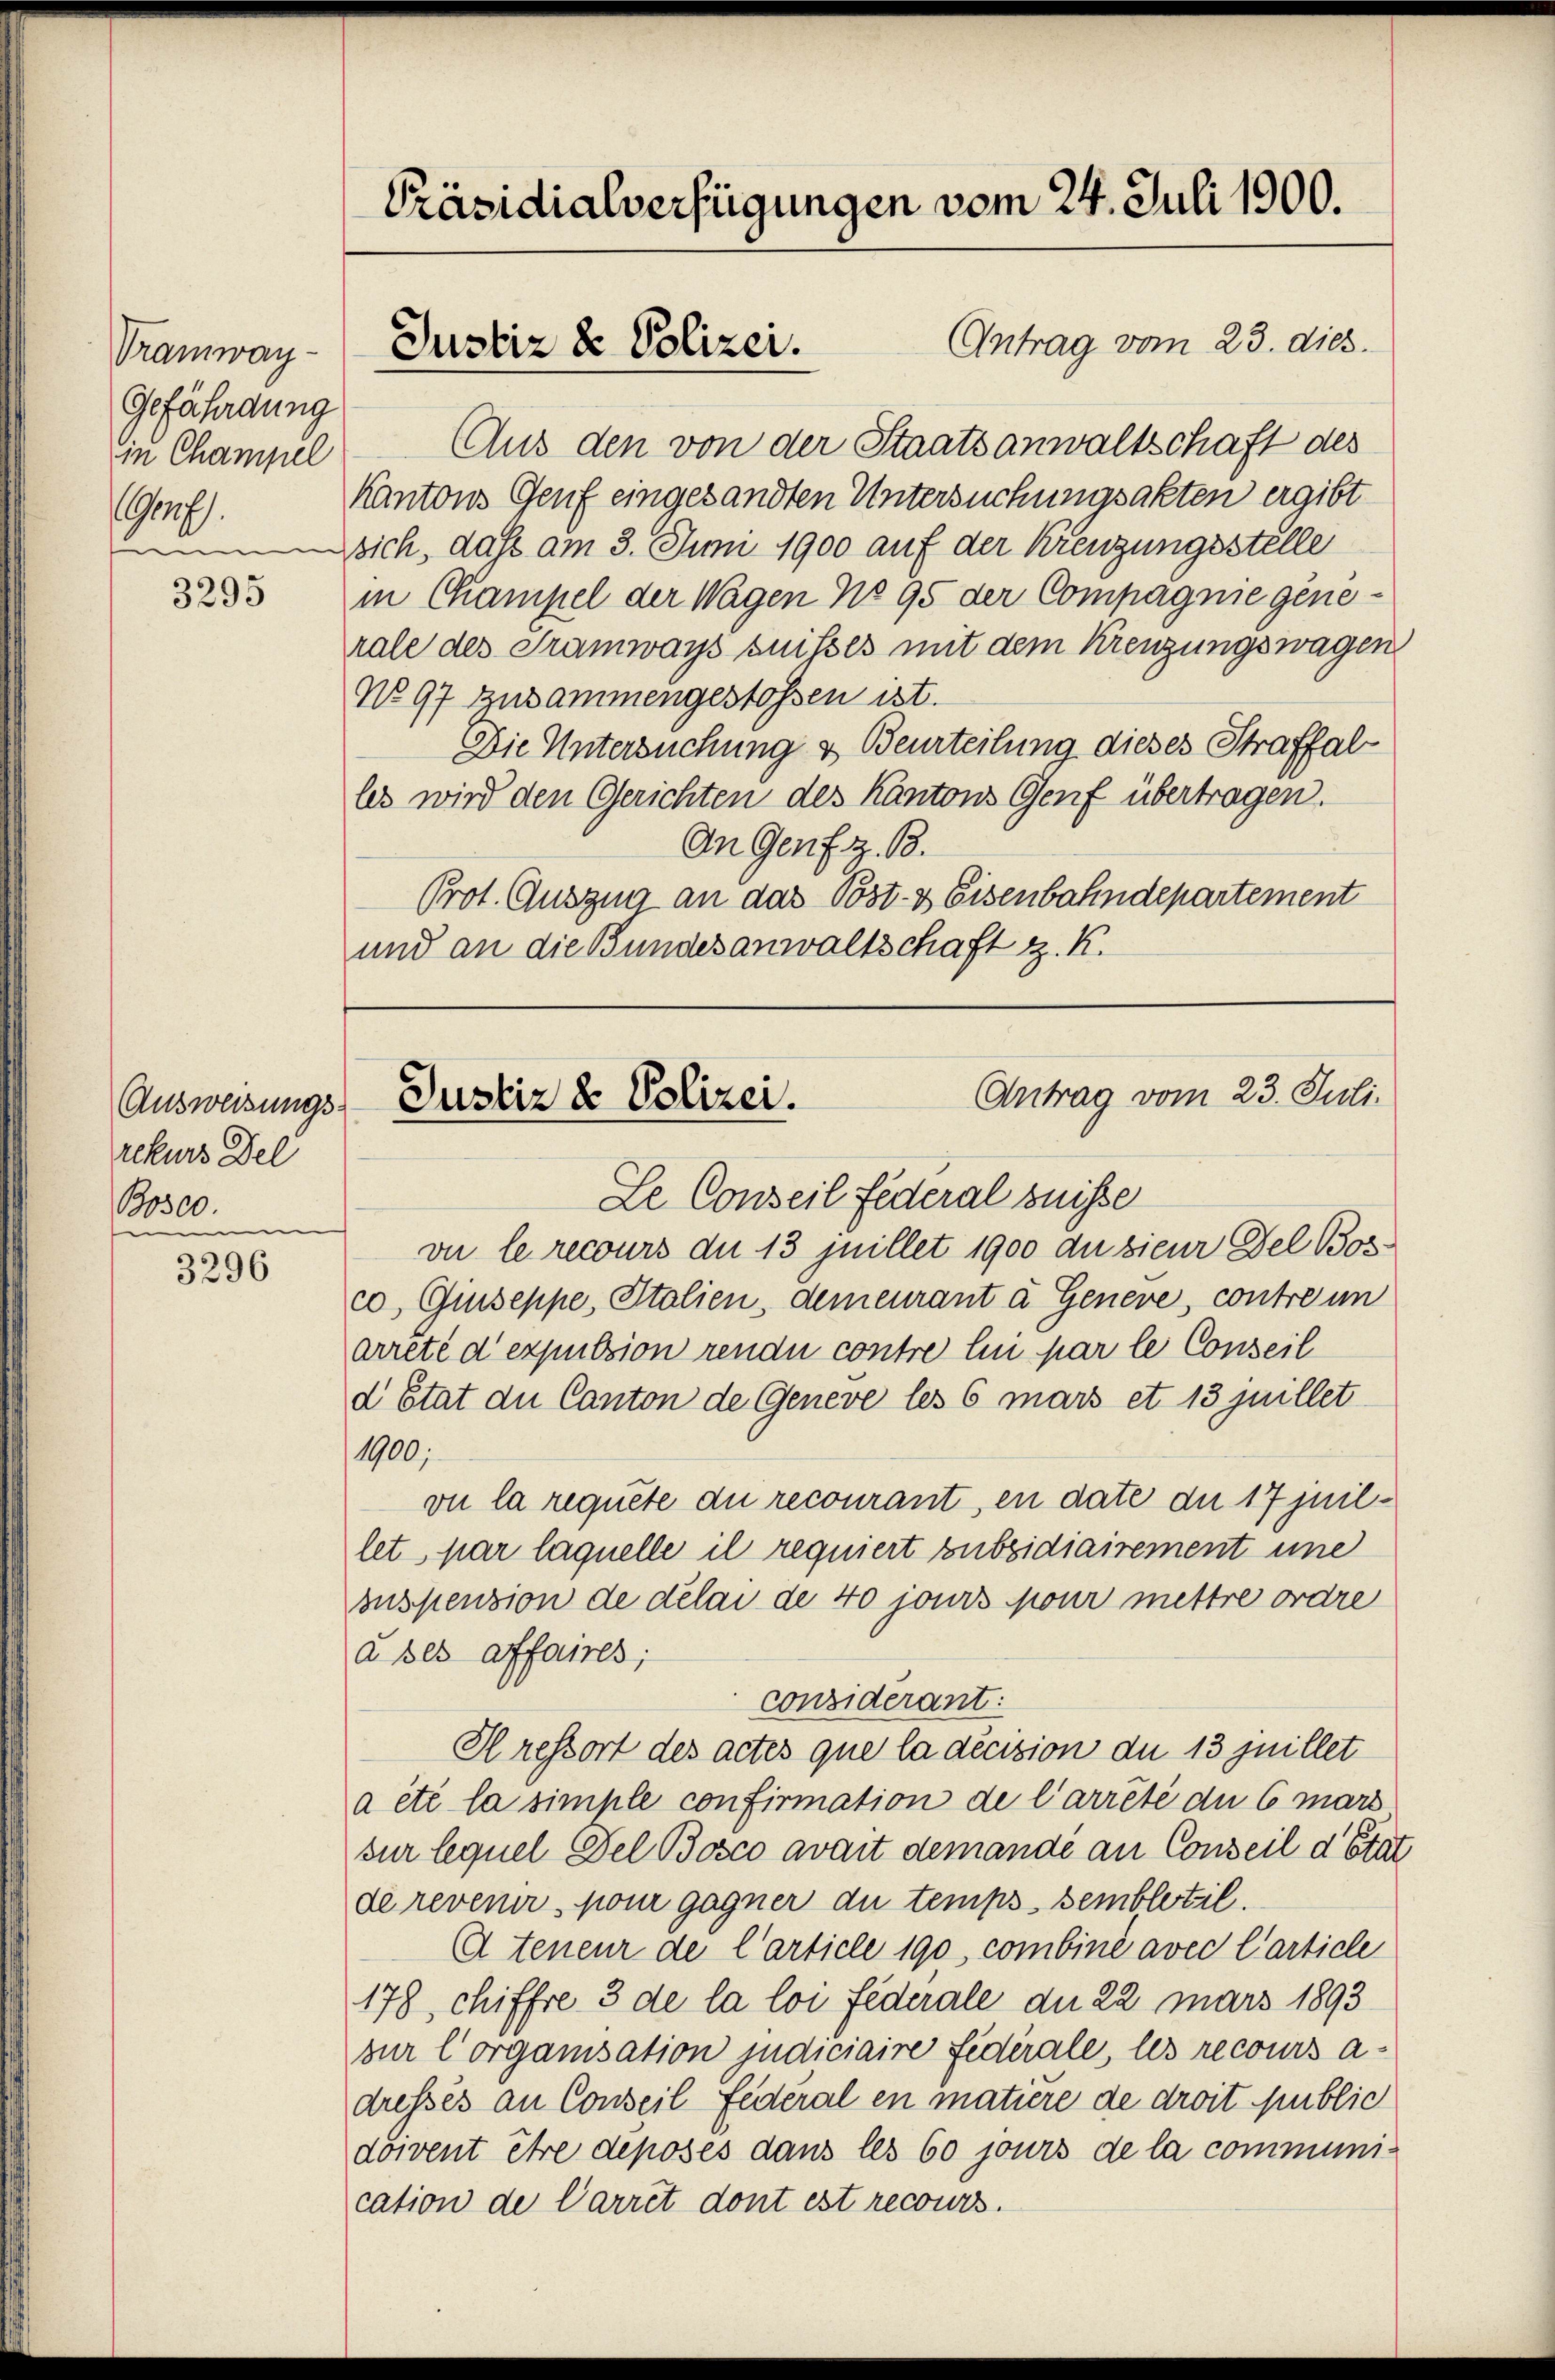
Tramway-
Gefährdung
in Champel
G.

3295

Ausweisungsrekurs Del
B0300.
u

3296

Präsidialverfügungen vom 24. Juli 1900.

Antrag vom 23. dies.
Aus den von der Staatsanwaltschaft des
Kantons Genf eingesandten Untersuchungsakten ergibt
sich, daß am 3. Juni 1900 auf der Kreuzungsstelle
in Champel der Wagen No 95 der Compagnie gene-
rale des Tramways suisses mit dem Kreuzungswagen
No 97 zusammengestossen ist.
Die Untersuchung & Beurteilung dieses Straffal
les wird den Gerichten des Kantons Genf übertragen.
An Genf z. B.
Prot. Auszug an das Post- & Eisenbahndepartement
und an die Bundesanwaltschaft z. K.

Justiz & Polizei.

Antrag vom 23. Juli.
Justiz & Polizei.
Le Conseil Federal suisse

vu le recours du 13 juillet 1900 du sieur Del Bosco, Giuseppe, Italien, demeurant à Geneve, contre un
arrêté d’expulsion rende contre lui par le Conseil
d Etat die Canton de Geneve les 6 mars et 13 juillet
1900;
vu la requete du recourant, en date du 17 juillet par laquelle il requiert subsidiairement une
suspension de délai de 40 jours pour mettre ordre
à ses affaires;
considerant:
Hressort des actes que la décision du 13 juillet
a été la simple confirmation de l’arrêté du 6 mars
sur lequel Del Bosco avait demandi an Conseil d’Etat
de revenir pour gagner du temps. semblotil.
 teneur de l’article 190, combiné avec l’article
178, chiffre 3 de la loi Federale du 22. März 1893
zur Corganisation judiciaire Federale, les recours adressés an Conseil Federal en matière de droit public
doivent ihre deposés dans les 60 jours de la communication de Carret dont est recours.